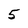
Character: 5